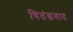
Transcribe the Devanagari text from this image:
वितंडवाद